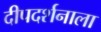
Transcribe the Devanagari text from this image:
दीपदर्शनाला